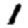
Digit: 1